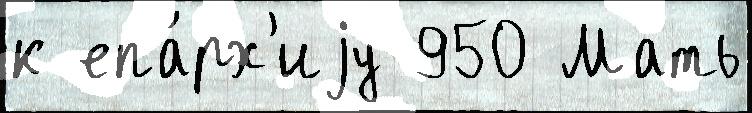
к епа́рх'иjу 950 Мать